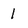
Character: 1